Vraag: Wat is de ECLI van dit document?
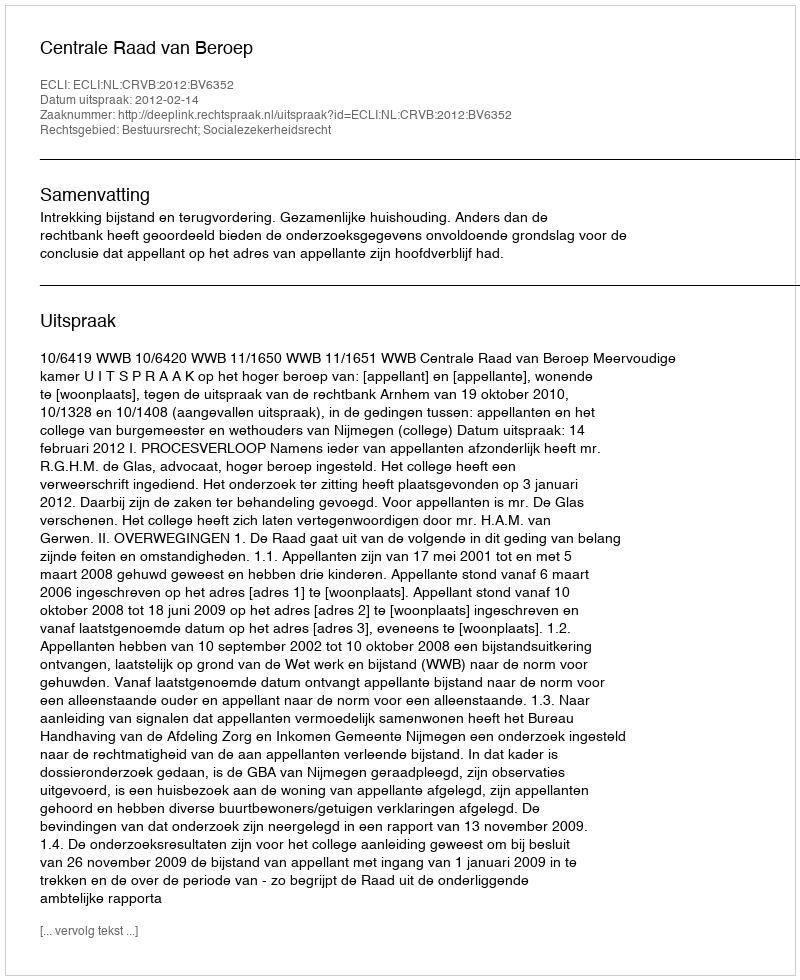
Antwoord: ECLI:NL:CRVB:2012:BV6352